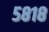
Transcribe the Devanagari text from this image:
५८१८